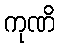
ကုဏိ